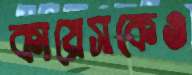
কায়েসকেও